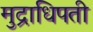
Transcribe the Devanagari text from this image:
मुद्राधिपती